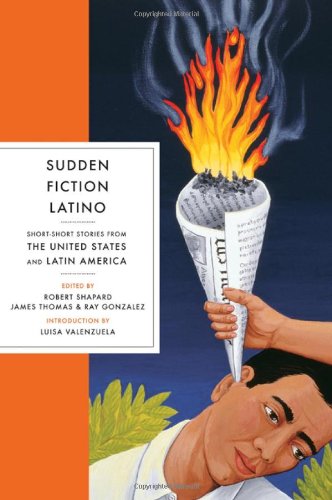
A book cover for Sudden Fiction Latino: Short-Short Stories from the United States and Latin America; Literature & Fiction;